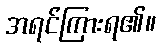
အရင်ကြားရ၏။